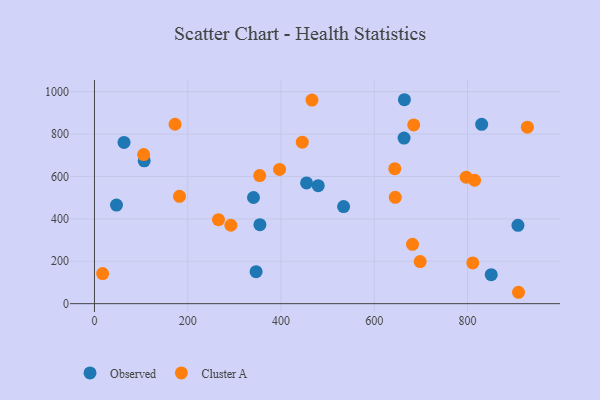
{"axis": {"x": "Price", "y": "Profit"}, "legend": ["Cluster A", "Observed"], "data": [{"x": "47.2", "y": 465.2, "type": "Observed"}, {"x": "341.0", "y": 500.8, "type": "Observed"}, {"x": "830.3", "y": 846.1, "type": "Observed"}, {"x": "908.1", "y": 369.3, "type": "Observed"}, {"x": "479.8", "y": 556.5, "type": "Observed"}, {"x": "63.4", "y": 760.8, "type": "Observed"}, {"x": "346.6", "y": 150.9, "type": "Observed"}, {"x": "106.6", "y": 673.7, "type": "Observed"}, {"x": "663.9", "y": 781.3, "type": "Observed"}, {"x": "664.6", "y": 962.0, "type": "Observed"}, {"x": "354.8", "y": 372.6, "type": "Observed"}, {"x": "534.2", "y": 458.0, "type": "Observed"}, {"x": "454.8", "y": 569.7, "type": "Observed"}, {"x": "850.8", "y": 136.7, "type": "Observed"}, {"x": "182.3", "y": 506.1, "type": "Cluster A"}, {"x": "396.9", "y": 633.0, "type": "Cluster A"}, {"x": "682.0", "y": 280.1, "type": "Cluster A"}, {"x": "928.3", "y": 832.5, "type": "Cluster A"}, {"x": "698.4", "y": 198.3, "type": "Cluster A"}, {"x": "354.3", "y": 604.4, "type": "Cluster A"}, {"x": "445.6", "y": 761.7, "type": "Cluster A"}, {"x": "684.5", "y": 843.3, "type": "Cluster A"}, {"x": "645.0", "y": 501.8, "type": "Cluster A"}, {"x": "105.5", "y": 703.1, "type": "Cluster A"}, {"x": "909.3", "y": 53.7, "type": "Cluster A"}, {"x": "172.8", "y": 846.3, "type": "Cluster A"}, {"x": "644.0", "y": 636.9, "type": "Cluster A"}, {"x": "292.5", "y": 369.8, "type": "Cluster A"}, {"x": "815.1", "y": 582.1, "type": "Cluster A"}, {"x": "811.3", "y": 192.3, "type": "Cluster A"}, {"x": "466.4", "y": 960.4, "type": "Cluster A"}, {"x": "265.9", "y": 396.2, "type": "Cluster A"}, {"x": "17.5", "y": 141.7, "type": "Cluster A"}, {"x": "797.1", "y": 596.6, "type": "Cluster A"}]}